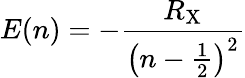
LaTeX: E(n)=-{\frac{R_{\mathrm{X}}}{\left(n-{\frac{1}{2}}\right)^{2}}}